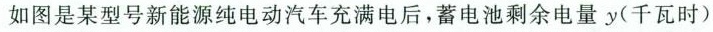
如图是某型号新能源纯电动汽车充满电后，蓄电池剩余电量y(千瓦时)